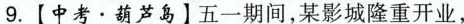
9.【中考·葫芦岛】五一期间，某影城隆重开业，